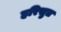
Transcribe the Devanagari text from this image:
हरिसुत